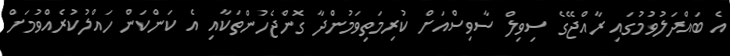
އެ ބައްދަލުވުމުގައި ރާއްޖޭގެ ސިވިލް ސާވިސްއަށް ކުރިމަތިވަމުންދާ ގޮންޖެހުންތަކާއި އެ ކަންކަން ހައްލުކުރެއްވުމަށް